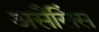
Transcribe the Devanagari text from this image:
असैसिंस